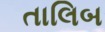
તાલિબ